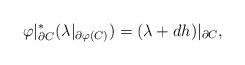
LaTeX: \begin{align*}\varphi|_{\partial C}^*( \lambda|_{\partial \varphi(C)} ) = (\lambda + dh)|_{\partial C},\end{align*}